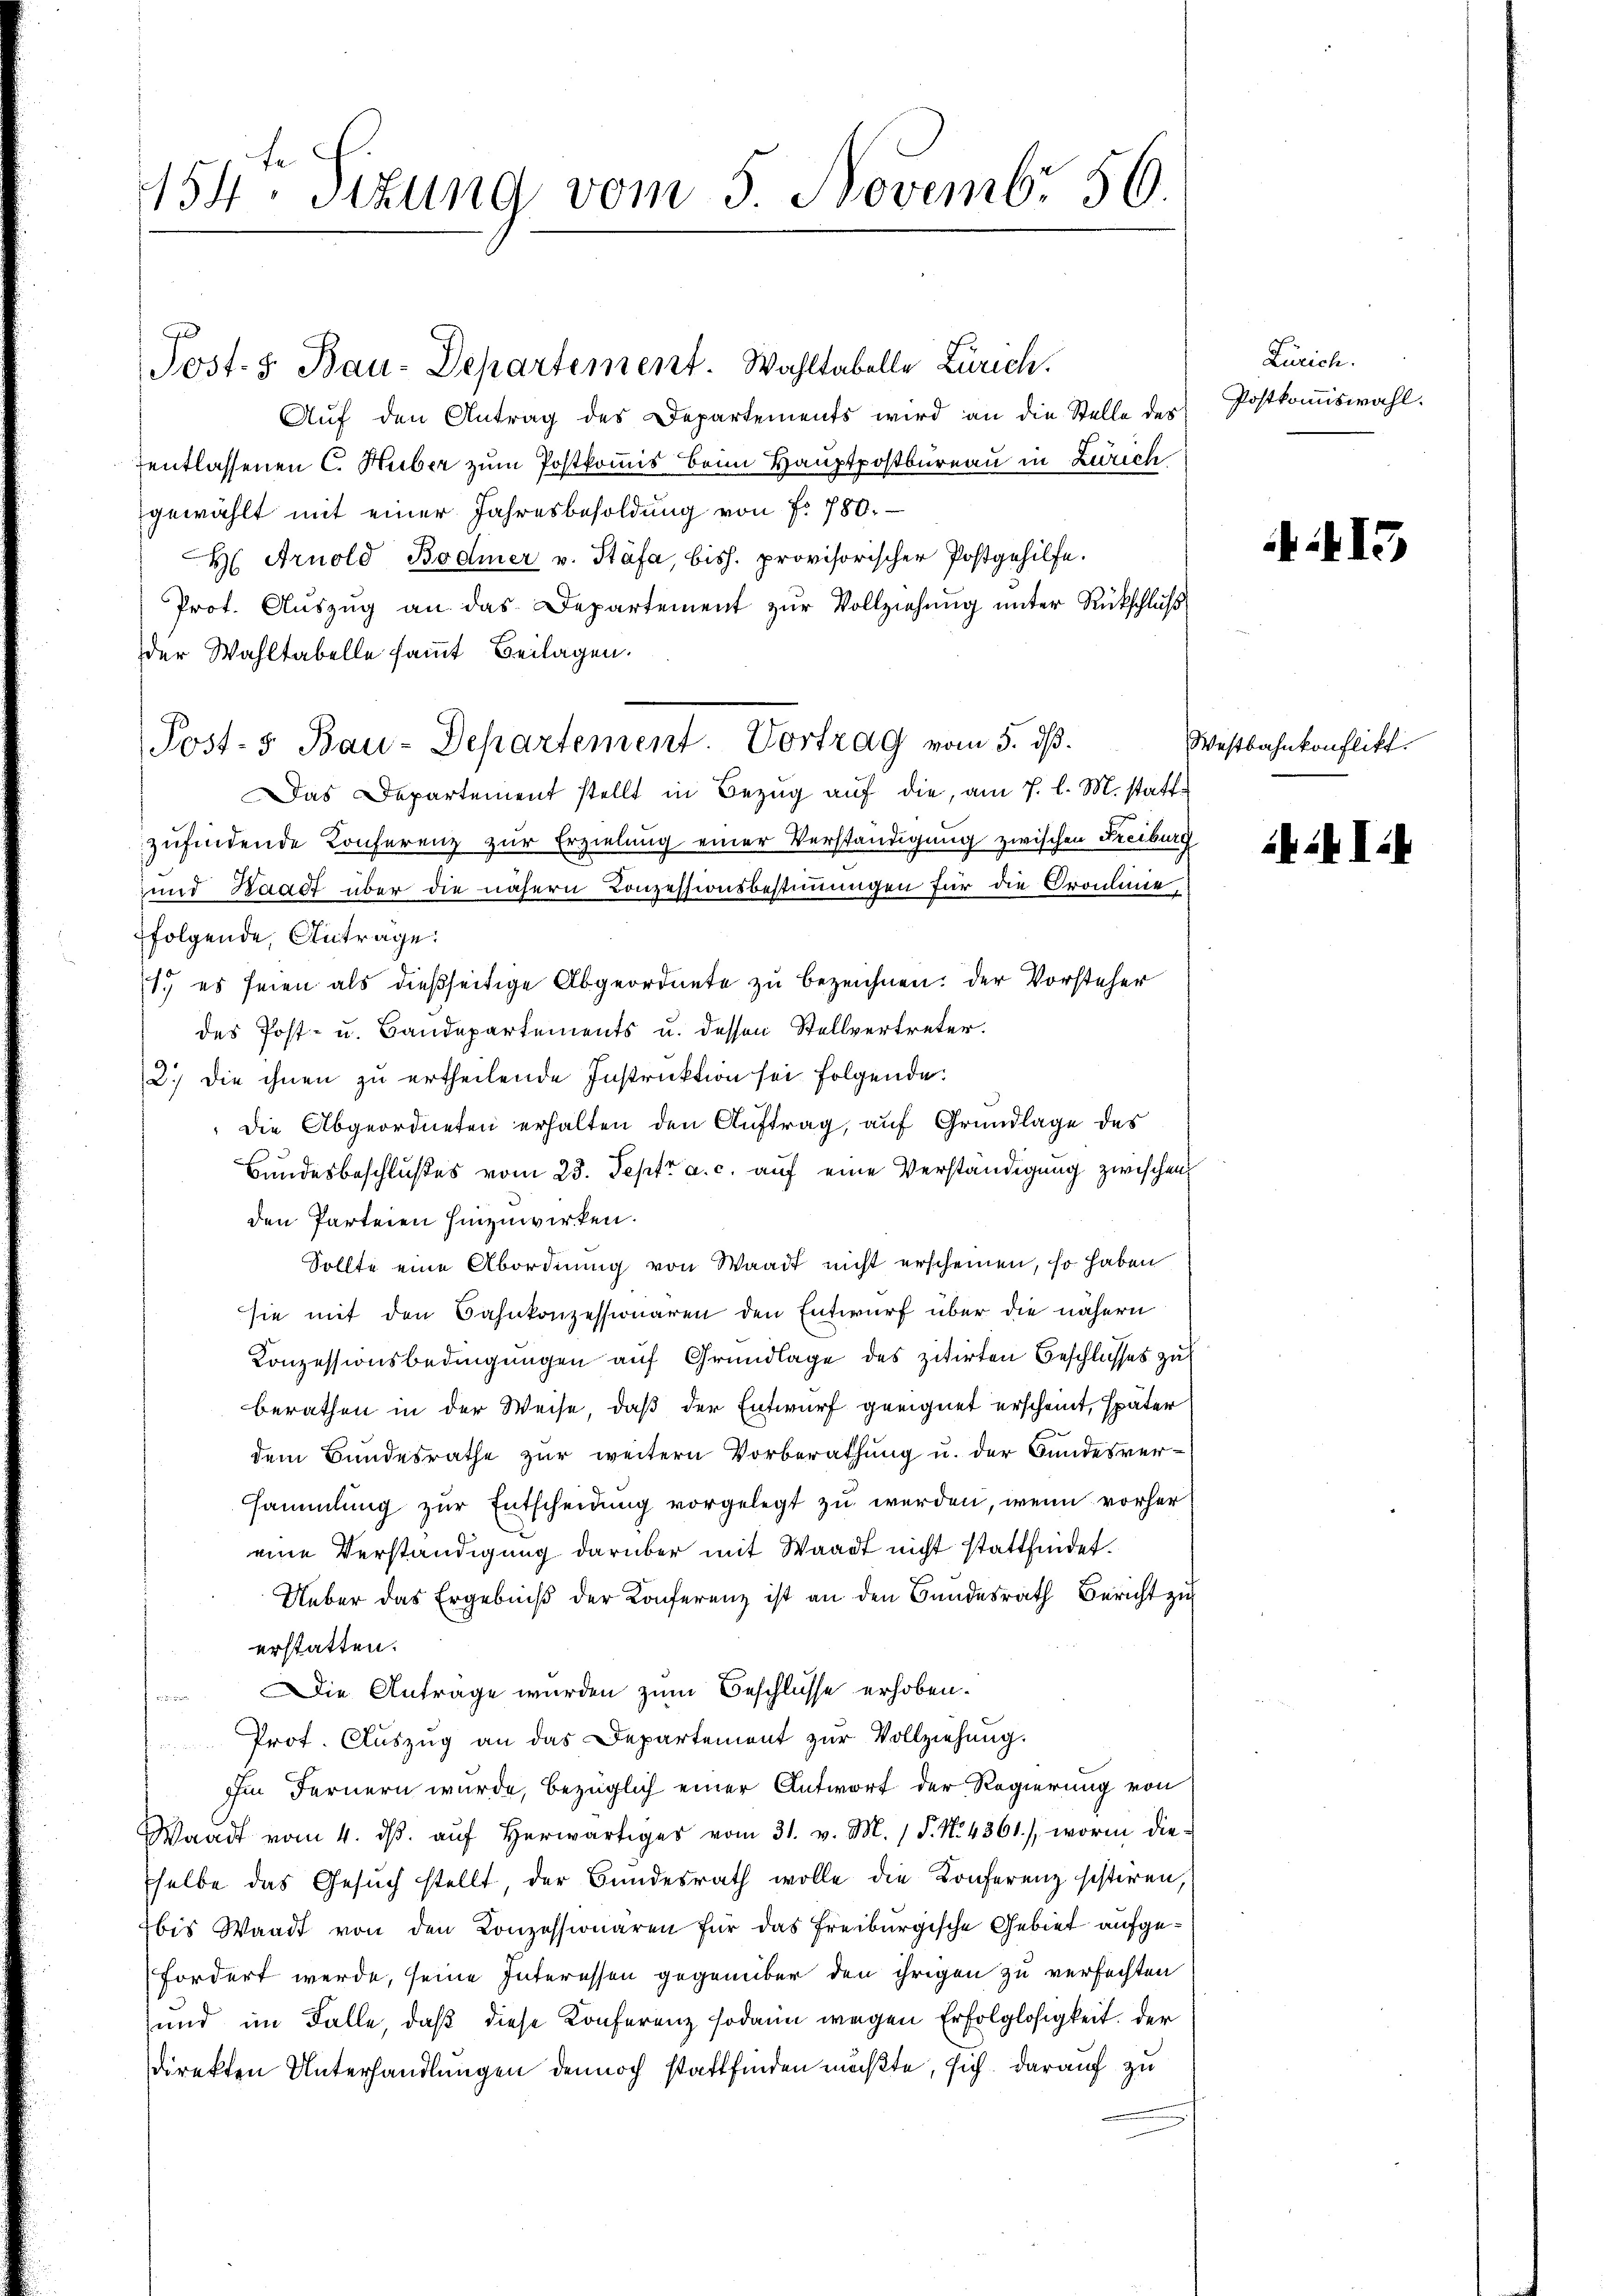
154. Sitzung vom 5 Novemb. 56.

Post. S. Bau-Departement. Wahltabelle Zürich.

Auf den Antrag des Departements wird an die Stelle des
Ientlassenen C. Huber zum Postkommis beim Hauptpostbureau in Zürich
gewählt mit einer Jahresbesoldung von fr. 780.
H Arnold Bodmer v. Stäfa, bish. provisorischer Postgehilfe.
Prot. Aŭszŭg an das Departement zŭr Vollziehŭng ŭnter Rückschluß
der Wahltabelle sammt Beilagen.
Post-5 Bau-Departement. Vortrag vom 5. dß.
Das Departement stellt in Bezug auf die, am 7. l. M. statte
zufindende Konferenz zur Erzielung einer Verständigung zwischen Freiburg
und Waadt über die nähern Conzessionsbestimmungen für die Croulinie
folgende, Antrage.
1.) es seien als dießseitige Abgeordnete zu bezeichnen. Der Vorsteher
des Post- u. Bandepartements u. dessen Stellvertreter.
2.) Die ihnen zu ertheilende Instruktion sei folgende.
die Abgeordneten erhalten den Auftrag, auf Grundlage des
Bundesbeschlußes vom 23. Sept. a. c. auf eine Verständigung zwischen
den Parteien hinzuwirken.
Sollte eine Abordnung von Waadt nicht erscheinen, so haben
sie mit den Bahnkonzessionaren den Entwurf über die nähern
Konzessionsbedingungen auf Grundlage des zitirten Beschlusses zu
berathen in der Weise, daß der Entwurf geeignet erscheint, später
dem Bundesrathe zur weitern Vorberathung u. der Bundesver-
sammlung zur Entscheidung vorgelegt zu werden, wenn vorher
eine Verständigung darüber mit Waadt nicht stattfindet.
Ueber das Ergebniß der Konferenz ist an den Bundesrath Bericht zu
erstatten.
 Die Antrage wurden zum Beschlüsse erhoben.
Prot. Auszug an das Departement zur Vollziehung.
ihm Fernern wurde, bezüglich einer Antwort der Regierung von
Waadt vom 4. dβ aŭf herwärts vom 31. v. M. 1 S. No. 4361), worin die-
selbe das Gesuch stellt, der Bundesrath wolle die Konferenz sistiren,
bis Waadt von den Konzessionären für das Freiburgische Gebiet aufgefordert werde, seine Interessen gegenüber den ihrigen zu verfechten
und im Falle, daß diese Konferenz sodann wegen Erfolglosigkeit der
direkten Unterhandlungen dennoch stattfinden müßte, sich darauf zu

Zürich.
Postkommiswahl.

15

Westbahnkonflikt.

b. 2. I